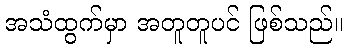
အသံထွက်မှာ အတူတူပင် ဖြစ်သည်။